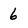
Character: 6